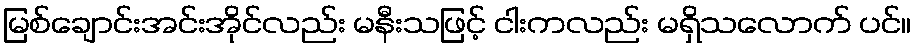
မြစ်ချောင်းအင်းအိုင်လည်း မနီးသဖြင့် ငါးကလည်း မရှိသလောက် ပင်။